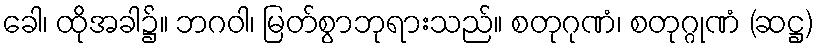
ခေါ၊ ထိုအခါ၌။ ဘဂဝါ၊ မြတ်စွာဘုရားသည်။ စတုဂုဏံ၊ စတုဂ္ဂုဏံ (ဆဋ္ဌ)